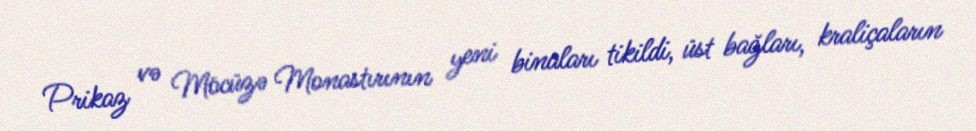
Prikaz və Möcüzə Monastırının yeni binaları tikildi, üst bağları, kraliçaların